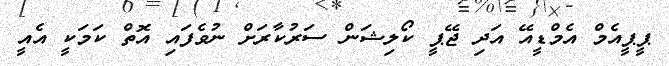
ޕީޕީއެމް އެމްޑީއޭ އަދި ޖޭޕީ ކޯލިޝަން ސަރުކާރަށް ނުވެފައި އޮތް ކަމަކީ އެއީ